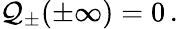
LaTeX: {\cal Q}_{\pm}(\pm\infty)=0\, .